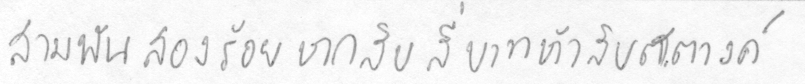
สามพันสองร้อยหกสิบสี่บาทห้าสิบสตางค์